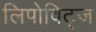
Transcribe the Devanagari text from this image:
लिपोविट्ज